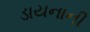
ડાયનાની